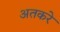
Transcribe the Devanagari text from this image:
अतकरे